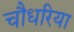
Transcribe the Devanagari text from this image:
चौधरिया